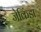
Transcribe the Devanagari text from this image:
जेकिंडा